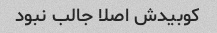
کوبیدش اصلا جالب نبود